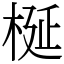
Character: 梴